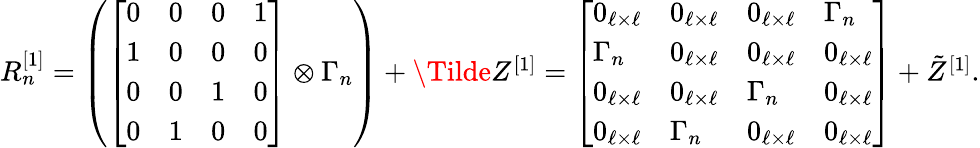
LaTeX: \begin{array}{r}{R_{n}^{[1]}=\left(\left[\begin{array}{llll}{0}&{0}&{0}&{1}\\ {1}&{0}&{0}&{0}\\ {0}&{0}&{1}&{0}\\ {0}&{1}&{0}&{0}\end{array}\right]\otimes\Gamma_{n}\right)+\Tilde{Z}^{[1]}=\left[\begin{array}{llll}{0_{\ell\times\ell}}&{0_{\ell\times\ell}}&{0_{\ell\times\ell}}&{\Gamma_{n}}\\ {\Gamma_{n}}&{0_{\ell\times\ell}}&{0_{\ell\times\ell}}&{0_{\ell\times\ell}}\\ {0_{\ell\times\ell}}&{0_{\ell\times\ell}}&{\Gamma_{n}}&{0_{\ell\times\ell}}\\ {0_{\ell\times\ell}}&{\Gamma_{n}}&{0_{\ell\times\ell}}&{0_{\ell\times\ell}}\end{array}\right]+\tilde{Z}^{[1]}.}\end{array}